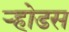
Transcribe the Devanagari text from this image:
ऱ्होडस